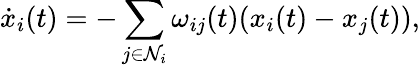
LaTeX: \dot{x}_{i}(t)=-\sum_{j\in\mathcal{N}_{i}}\omega_{ij}(t)(x_{i}(t)-x_{j}(t)),